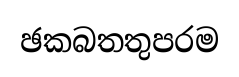
ඡකබතතුපරම